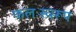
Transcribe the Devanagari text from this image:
फलःस्वरूप